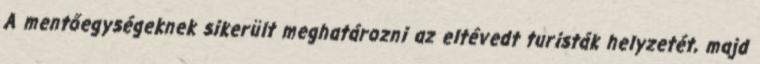
A mentőegységeknek sikerült meghatározni az eltévedt turisták helyzetét, majd